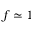
f \simeq 1